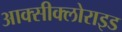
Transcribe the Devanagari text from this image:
आक्‍सीक्‍लोराइड